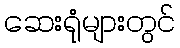
ဆေးရုံများတွင်